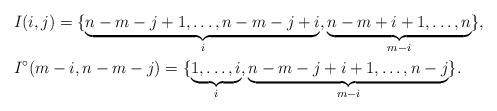
LaTeX: \begin{align*}&I(i,j)=\{\underbrace{n-m-j+1,\dots, n-m-j+i}_i, \underbrace{n-m+i+1,\dots, n}_{m-i}\},\\&I^\circ(m-i,n-m-j)=\{\underbrace{1,\dots, i}_i,\underbrace{n-m-j+i+1,\dots, n-j}_{m-i}\}.\end{align*}